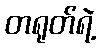
တရုတ်ရဲ့